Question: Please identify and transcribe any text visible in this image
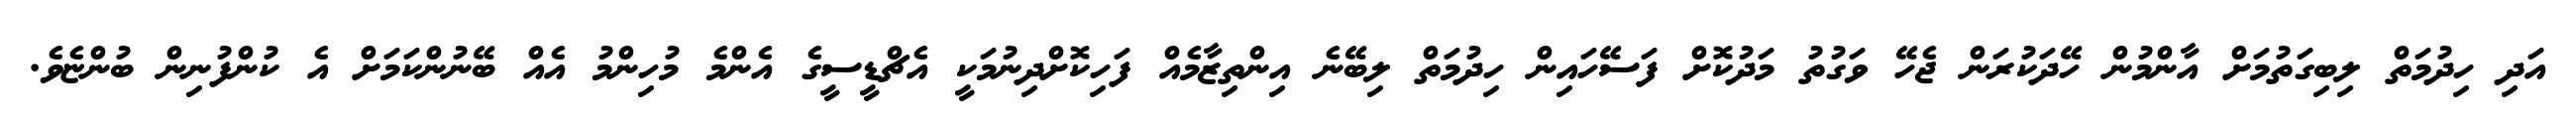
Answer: އަދި ހިދުމަތް ލިބިގަތުމަށް އާންމުން ހޭދަކުރަން ޖެހޭ ވަގުތު މަދުކޮށް ފަސޭހައިން ހިދުމަތް ލިބޭނެ އިންތިޒާމެއް ފަހިކޮށްދިނުމަކީ އެޗްޑީސީގެ އެންމެ މުހިންމު އެއް ބޭނުންކަމަށް އެ ކުންފުނިން ބުންޏެވެ.